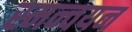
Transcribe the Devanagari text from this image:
स्मन्वयन